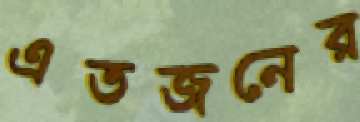
এতজনের